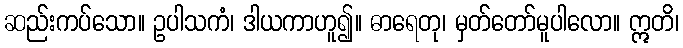
ဆည်းကပ်သော။ ဥပါသကံ၊ ဒါယကာဟူ၍။ ဓာရေတု၊ မှတ်တော်မူပါလော။ ဣတိ၊